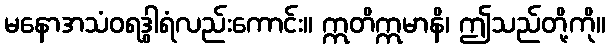
မနောအသံဝရဒွါရံလည်းကောင်း။ ဣတိဣမာနိ၊ ဤသည်တို့ကို။